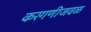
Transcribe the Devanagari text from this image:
करगणीजवळ